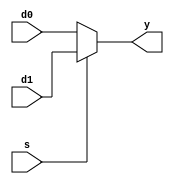
module mux2 #(parameter WIDTH = 16)
             (input  [WIDTH-1:0] d0, d1, 
              input              s, 
              output [WIDTH-1:0] y);

   assign y = s ? d1 : d0; 
endmodule